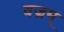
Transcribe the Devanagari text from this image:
वज्रम्